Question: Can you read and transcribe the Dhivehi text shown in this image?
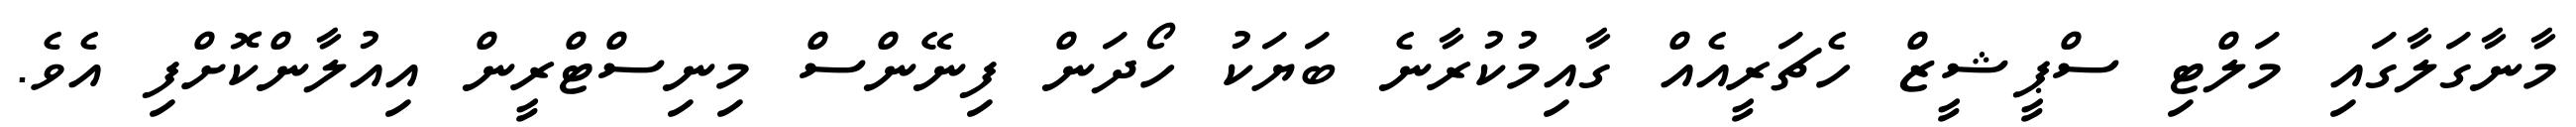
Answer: މާނާގަލާގައި މަލްޓި ސްޕީޝީޒް ހެޗަރީއެއް ގާއިމުކުރާނެ ބަޔަކު ހޯދަން ފިނޭންސް މިނިސްޓްރީން އިއުލާންކޮށްފި އެވެ.